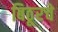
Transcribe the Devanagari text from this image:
बिठूरचे